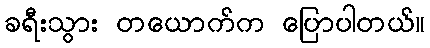
ခရီးသွား တယောက်က ပြောပါတယ်။